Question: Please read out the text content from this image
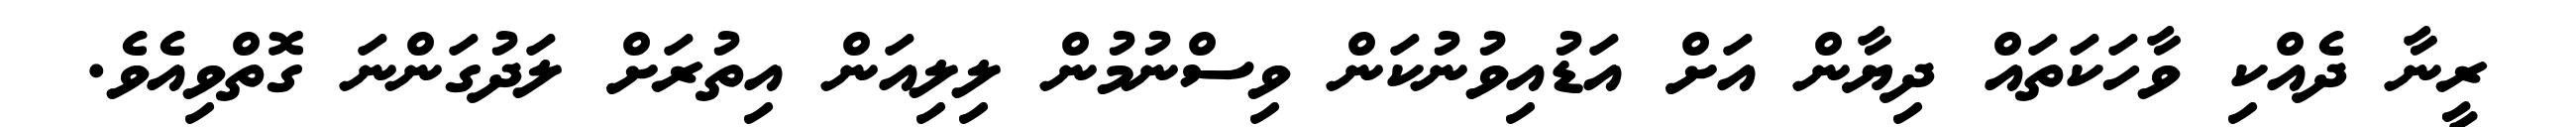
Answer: ރީނާ ދެއްކި ވާހަކަތައް ދިޔާން އަށް އަޑުއިވުނުކަން ވިސްނުމުން ލިލިއަން އިތުރަށް ލަދުގަންނަ ގޮތްވިއެވެ.